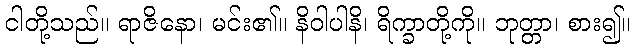
ငါတို့သည်။ ရာဇိနော၊ မင်း၏။ နိဝါပါနိ၊ ရိက္ခာတို့ကို။ ဘုတ္တာ၊ စား၍။